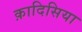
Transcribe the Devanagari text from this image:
क़ादिसिया